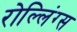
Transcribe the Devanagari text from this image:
रोल्लिंग्स